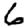
Digit: 6